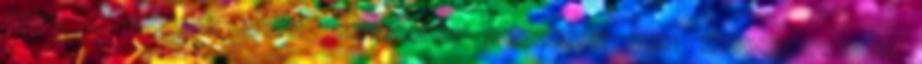
ebben a pénzügyi évben egyvégtében harmadszor lesz veszteséges. Az